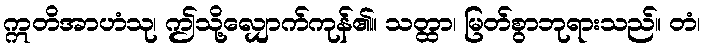
ဣတိအာဟံသု၊ ဤသို့လျှောက်ကုန်၏။ သတ္ထာ၊ မြတ်စွာဘုရားသည်။ တံ၊